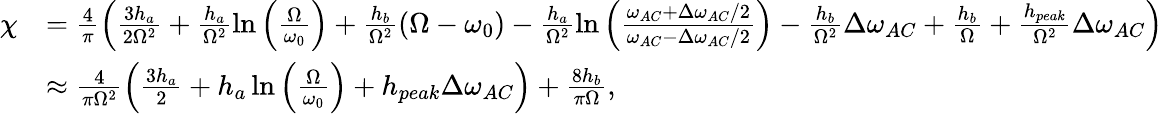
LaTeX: \begin{array}{rl}{\chi}&{=\frac{4}{\pi}\left(\frac{3h_{a}}{2\Omega^{2}}+\frac{h_{a}}{\Omega^{2}}\ln{\left(\frac{\Omega}{\omega_{0}}\right)}+\frac{h_{b}}{\Omega^{2}}\left(\Omega-\omega_{0}\right)-\frac{h_{a}}{\Omega^{2}}\ln{\left(\frac{\omega_{AC}+\Delta\omega_{AC}/2}{\omega_{AC}-\Delta\omega_{AC}/2}\right)}-\frac{h_{b}}{\Omega^{2}}\Delta\omega_{AC}+\frac{h_{b}}{\Omega}+\frac{h_{peak}}{\Omega^{2}}\Delta\omega_{AC}\right)}\\ &{\approx\frac{4}{\pi\Omega^{2}}\left(\frac{3h_{a}}{2}+h_{a}\ln{\left(\frac{\Omega}{\omega_{0}}\right)}+h_{peak}\Delta\omega_{AC}\right)+\frac{8h_{b}}{\pi\Omega},}\end{array}